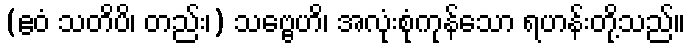
(ဧဝံ သတိပိ၊ တည်း၊) သဗ္ဗေဟိ၊ အလုံးစုံကုန်သော ရဟန်းတို့သည်။